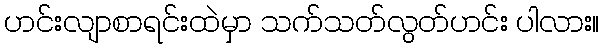
ဟင်းလျာစာရင်းထဲမှာ သက်သတ်လွတ်ဟင်း ပါလား။